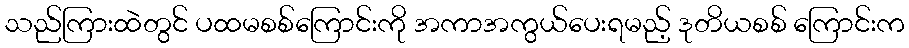
သည်ကြားထဲတွင် ပထမစစ်ကြောင်းကို အကာအကွယ်ပေးရမည့် ဒုတိယစစ် ကြောင်းက